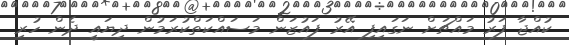
ކުއްޖާ ފަރު މައްޗަށް ނަގައިފި އޭރު ފައުޒަން މަސައްކަތްކުރަމުން ދިޔައީ ދެން ހުރި